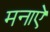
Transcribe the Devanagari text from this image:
मनाऐ